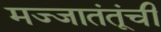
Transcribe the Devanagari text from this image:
मज्जातंतूंची